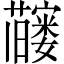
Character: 𬟗